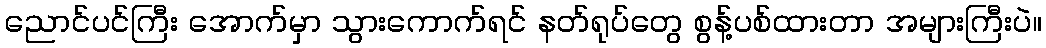
ညောင်ပင်ကြီး အောက်မှာ သွားကောက်ရင် နတ်ရုပ်တွေ စွန့်ပစ်ထားတာ အများကြီးပဲ။